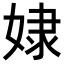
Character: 𡝯